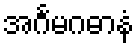
အင်္ဂမဂဓာနံ